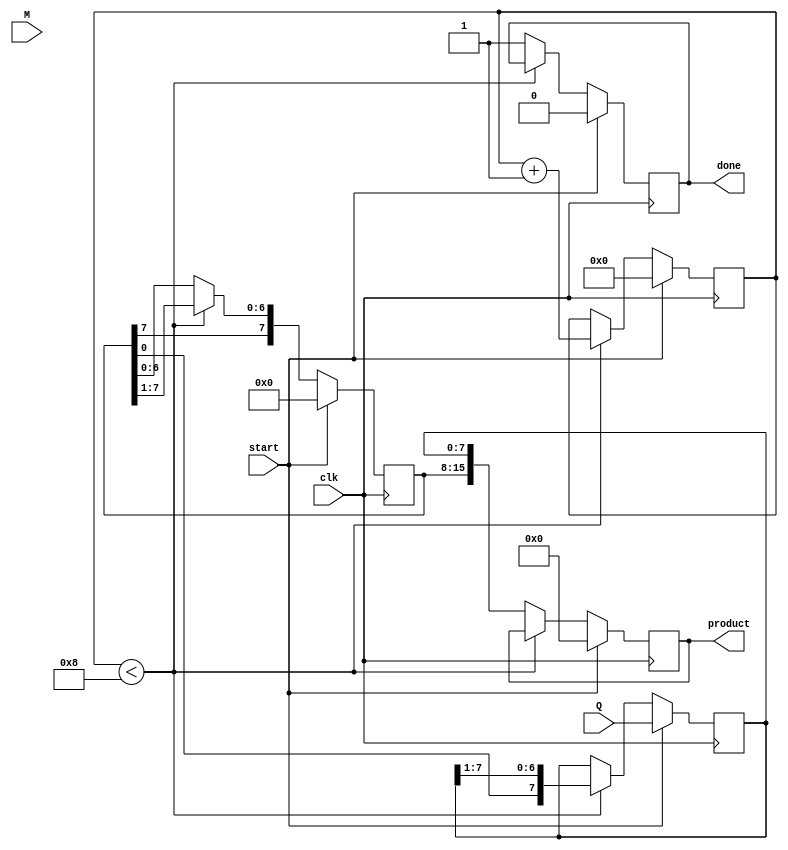
module modified_booth_multiplier #(
    parameter WIDTH = 8 // Bit-width for the inputs
)(
    input signed [WIDTH-1:0] M, // Multiplicand
    input signed [WIDTH-1:0] Q, // Multiplier
    input clk,                 // Clock signal
    input start,               // Start signal for multiplication
    output reg signed [2*WIDTH-1:0] product, // Product output
    output reg done            // Done signal
);

    reg signed [WIDTH-1:0] A; // Accumulator
    reg [WIDTH-1:0] Q_reg;     // Multiplier register
    reg Q_1;                   // Previous bit of Q
    reg [3:0] count;           // Counter for iterations

    // State machine for multiplication
    always @(posedge clk) begin
        if (start) begin
            // Initialize registers
            A <= 0;
            Q_reg <= Q;
            Q_1 <= 0;
            count <= 0;
            product <= 0;
            done <= 0;
        end else if (count < WIDTH) begin
            case ({Q_reg[0], Q_1}) // Booth encoding logic
                2'b00: begin
                    // No operation
                end
                2'b01: begin
                    // Add M to A
                    A <= A + M;
                end
                2'b10: begin
                    // Subtract M from A
                    A <= A - M;
                end
                2'b11: begin
                    // No operation
                end
            endcase

            // Shift right: A and Q
            {A, Q_reg} <= {A[WIDTH-1], A, Q_reg} >> 1; // Arithmetic shift
            Q_1 <= Q_reg[0]; // Update Q-1
            count <= count + 1; // Increment count
        end else begin
            // Multiplication done
            product <= {A, Q_reg}; // Combine A and Q for final product
            done <= 1; // Set done signal
        end
    end
endmodule